Report on horse surra - Volume II, Part II
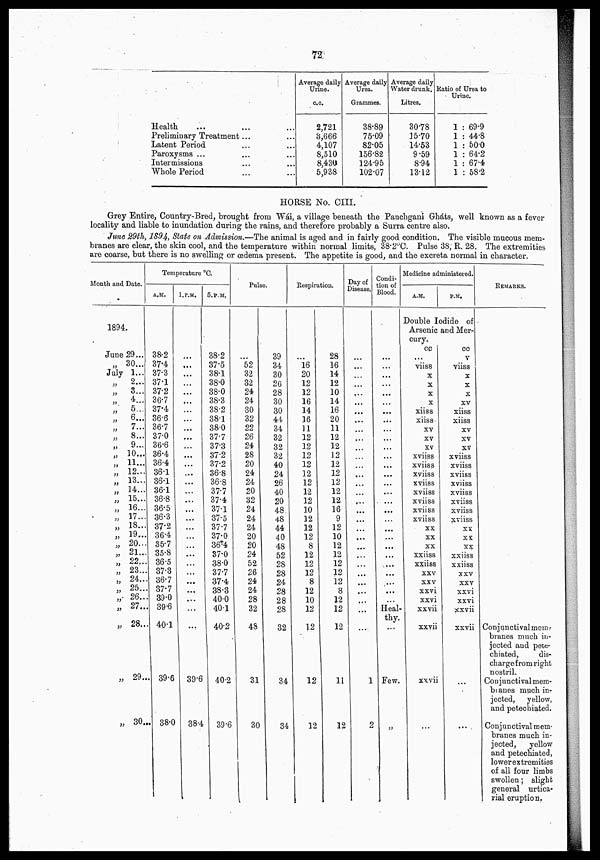
72
Health
Preliminary Treatment ...
Latent Period
Paroxysms ...
Intermissions
Whole Period
Average daily
Urine.
c.c.
2,721
3,666
4,107
8,510
8,430
5,938
Average daily
Urea.
Grammes.
38.89
75.09
82.05
156.82
124.95
102.07
Average daily
Water drunk.
Litres.
30.78
15.70
14.53
9.59
8.94
13.12
Ratio of Urea to
Urine.
1 : 69.9
1 : 44.8
1 : 50.0
1 : 64.2
1 : 67.4
1 : 58.2
HORSE No. CIII.
Grey Entire, Country-Bred, brought from Wai, a village beneath the Panchgani Gháts, well known as a fever
locality and liable to inundation during the rains, and therefore probably a Surra centre also.
June 29th, 1894, State on Admission.—The animal is aged and in fairly good condition. The visible mucous mem-
branes are clear, the skin cool, and the temperature within normal limits, 38.2°C. Pulse 38, R. 28. The extremities
are coarse, but there is no swelling or œdema present. The appetite is good, and the excreta normal in character.
Month and Date.
1894.
June 29...
„ 30...
July 1...
„
2...
„ 3...
„ 4...
„
5...
„ 6...
„
7...
„
8...
„
9...
„ 10...
„ 11...
„ 12...
„ 13...
„ 14...
„ 15...
„ 16...
„ 17...
„ 18...
„ 19...
„ 20...
„ 21...
„ 22...
„ 23...
„ 24...
„ 25...
„ 26...
„ 27...
„ 28..
„ 29..
„ 30...
Temperature °C.
A.M.
38.2
37.4
37.3
37.1
37.2
36.7
37.4
36.6
36.7
37.0
36.6
36.4
36.4
36.1
36.1
36.1
36.8
36.5
36.3
37.2
36.4
35.7
35.8
36.5
37.3
36.7
37.7
39.0
39.6
40.1
39.6
38.0
1.P.M.
...
...
...
...
...
...
...
...
...
...
...
...
...
...
...
...
...
...
...
...
...
...
...
...
...
...
...
...
...
...
39.6
38.4
5.P.M.
38.2
37.5
38.1
38.0
38.0
38.3
38.2
38.1
38.0
37.7
37.3
37.2
37.2
36.8
36.8
37.7
37.4
37.1
37.5
37.7
37.0
36.4
37.0
38.0
37.7
37.4
38.3
40.0
40.1
40.2
40.2
39.6
Pulse.
...
52
32
32
24
24
30
32
22
26
24
28
20
24
24
20
32
24
24
24
20
20
24
52
26
24
24
28
32
48
31
30
39
34
30
26
28
30
30
44
34
32
32
32
40
24
26
40
20
48
48
44
40
48
52
28
28
24
28
28
28
32
34
34
Respiration.
...
16
20
12
12
16
14
16
11
12
12
12
12
12
12
12
12
10
12
12
12
8
12
12
12
8
12
10
12
12
12
12
28
16
14
12
10
14
16
20
11
12
12
12
12
12
12
12
12
16
9
12
10
12
12
12
12
12
8
12
12
12
11
12
Day of
Disease.
...
...
...
...
...
...
...
...
...
...
....
....
...
...
...
...
...
...
...
...
...
...
...
...
...
...
...
...
...
...
1
2
Condi-
tion of
Blood.
...
...
...
...
...
...
...
...
...
...
...
...
...
...
...
...
...
...
...
...
...
...
...
...
...
...
...
...
Heal-
thy.
....
Few.
„
Medicine administered.
A.M.
P.M.
Double Iodide of
Arsenic and Mer-
cury.
cc cc
...
viiss
x
x
x
x
xiiss
xiiss
xv
xv
xv
xviiss
xviiss
xviiss
xviiss
xviiss
xviiss
xviiss
xviiss
xx
xx
xx
xxiiss
xxiiss
xxv
xxv
xxvi
xxvi
xxvii
xxvii
xxvii
...
v
viiss
x
x
x
xv
xiiss
xiiss
xv
xv
xv
xviiss
xviiss
xviiss
xviiss
xviiss
xviiss
xviiss
xviiss
xx
xx
xx
xxiiss
xxiiss
xxv
xxv
xxvi
xxvi
xxvii
xxvii
...
...
REMARKS.
Conjunctival mem¬
branes much in-
jected and pete¬
chiated,
dis¬
chargefrorn right
nostril.
Conjunctival mem¬
branes much in¬
jected, yellow,
and petechiated.
Conjunctival mem¬
branes much in-
jected,
yellow
and petechiated,
lowerextremities
of all four limbs
swollen ; slight
general urtica¬
rial eruption.